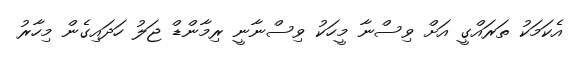
އެކަމަކު ތަރައްގީ އަށް ވިސްނާ މީހަކު ވިސްނާނީ ރިމާންޑް ޖަލު ހަދައިގެން މިހާރު